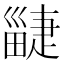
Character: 疀